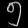
Digit: ၅